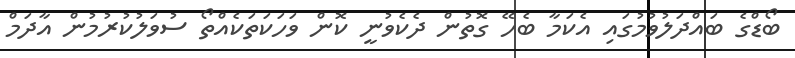
ބޯޑްގެ ބައްދަލުވުމުގައި އެކަމާ ބެހޭ ގޮތުން ދެކެވުނީ ކޮން ވަހަކަތަކެއްތޯ ސުވަލުކުރުމުން އާދަމް